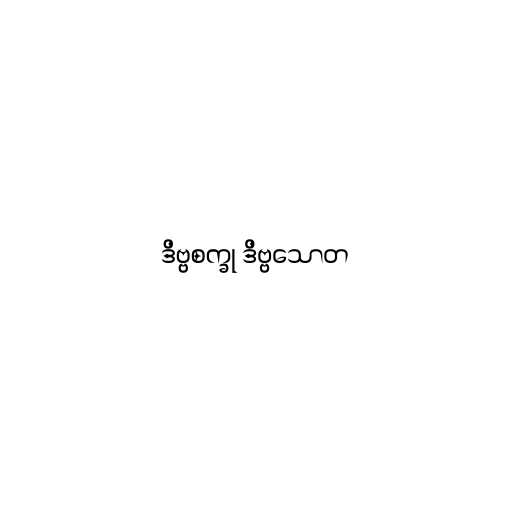
ဒိဗ္ဗစက္ခု ဒိဗ္ဗသောတ